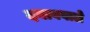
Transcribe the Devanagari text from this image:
दबाववाले